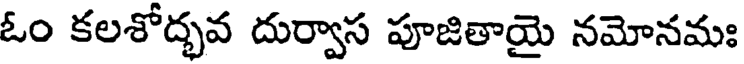
ఓం కలశోద్భవ దుర్వాస పూజితాయై నమోనమః